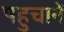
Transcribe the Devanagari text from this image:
पहुचानें